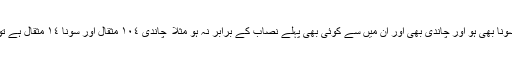
اگرکسی شخص کے پاس سونا بھی ہو اور چاندی بھی اور ان میں سے کوئی بھی پہلے نصاب کے برابر نہ ہو مثلا ً چاندی ١٠٤ مثقال اور سونا ١٤ مثقال ہے تو اس پر زکواۃ واجب نہیں۔